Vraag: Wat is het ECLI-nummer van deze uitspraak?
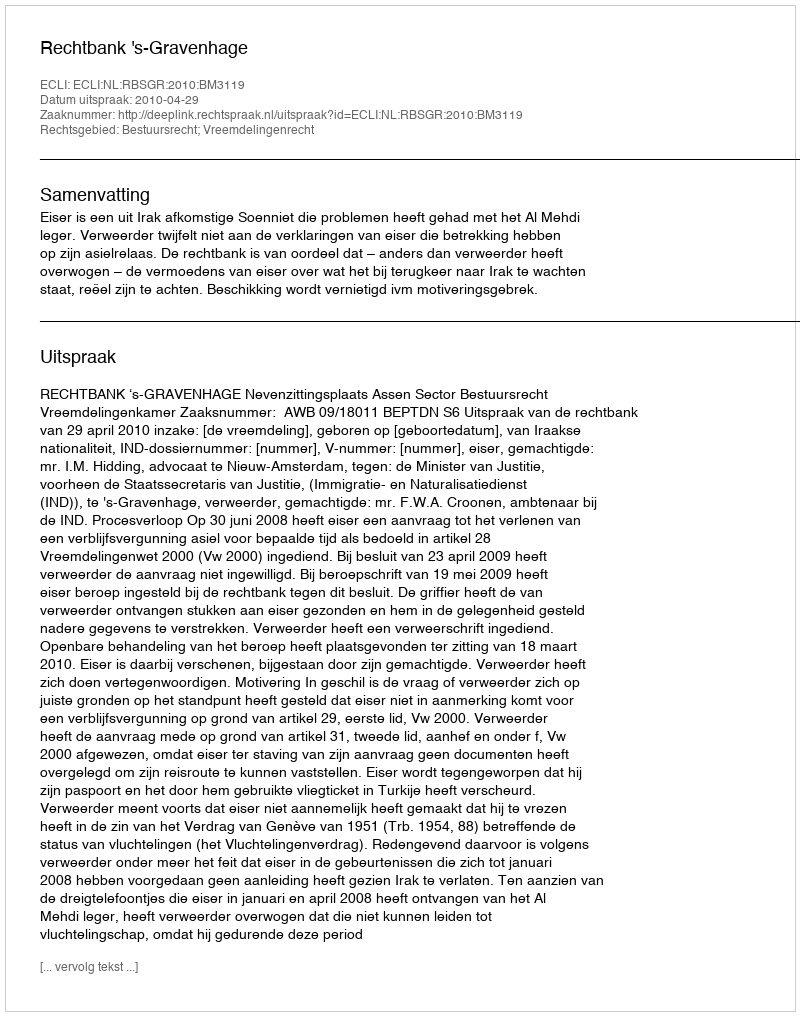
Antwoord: ECLI:NL:RBSGR:2010:BM3119